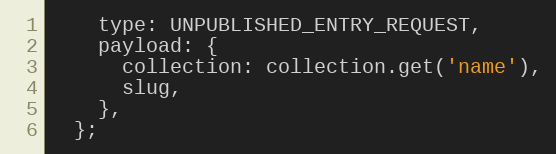
Language: JavaScript
    type: UNPUBLISHED_ENTRY_REQUEST,
    payload: {
      collection: collection.get('name'),
      slug,
    },
  };